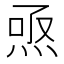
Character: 焏